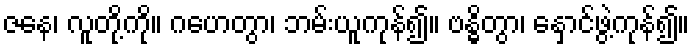
ဇနေ၊ လူတို့ကို။ ဂဟေတွာ၊ ဘမ်းယူကုန်၍။ ဗန္ဓိတွာ၊ နှောင်ဖွဲ့ကုန်၍။